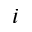
i